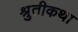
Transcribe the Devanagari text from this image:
श्रुतीकथा